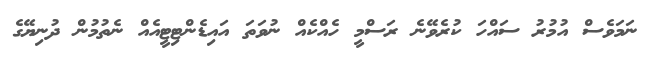
ނަމަވެސް އުމުރު ސައްހަ ކުރެވޭނެ ރަސްމީ ހެއްކެއް ނުވަތަ އައިޑެންޓިޓީއެއް ނެތުމުން ދުނިޔޭގެ